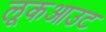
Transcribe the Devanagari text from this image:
लूकआउट